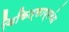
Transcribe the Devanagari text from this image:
चिकित्साप्रबंध